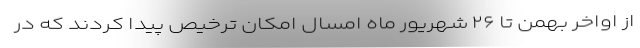
از اواخر بهمن تا ۲۶ شهریور ماه امسال امکان ترخیص پیدا کردند که در